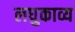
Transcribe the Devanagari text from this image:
लघुकाव्य